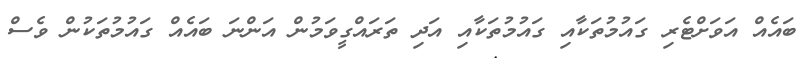
ބައެއް އަވަށްޓެރި ގައުމުތަކާއި ގައުމުތަކާއި އަދި ތަރައްގީވަމުން އަންނަ ބައެއް ގައުމުތަކުން ވެސް